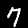
Label: 7